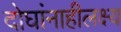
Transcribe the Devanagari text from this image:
दोघांनाहीलक्ष्य